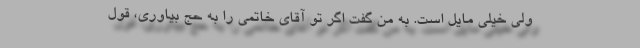
ولی خیلی مایل است. به من گفت اگر تو آقای خاتمی را به حج بیاوری، قول